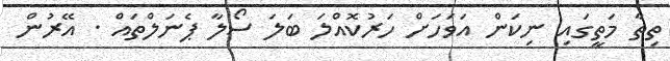
ތިތާ މަތީގައި ނިކަން އަވަހަށް ހަރުކޮއްލަ ބަލަ ސޯލާ ޕެނަލްތައް . އޭރުން